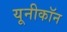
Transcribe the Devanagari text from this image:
यूनीकॉन